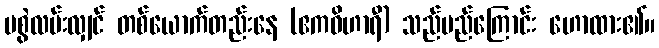
မစွဲလမ်းလျှင် တစ်ယောက်တည်းနေ (ဧကဝိဟာရီ) သည်မည်ကြောင်း ဟောထား၏။